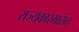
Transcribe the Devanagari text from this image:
राज्यकारभारांत